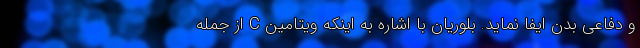
و دفاعی بدن ایفا نماید. بلوریان با اشاره به اینکه ویتامین C از جمله